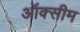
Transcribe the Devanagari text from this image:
ऑक्सीम